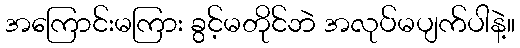
အကြောင်းမကြား ခွင့်မတိုင်ဘဲ အလုပ်မပျက်ပါနဲ့။